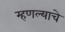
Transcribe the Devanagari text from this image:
म्हणल्याचे